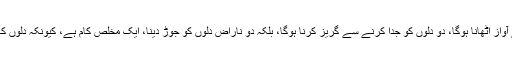
ظلم کو ظلم کہنا ہے، ظالم سے نفرت اور مظلوم سے محبت کرنا ہے، جائز اور حق و حقوق کیلئے آواز اُٹھانا ہوگا، دو دلوں کو جدا کرنے سے گریز کرنا ہوگا، بلکہ دو ناراض دلوں کو جوڑ دینا، ایک مخلص کام ہے، کیونکہ دلوں کا توڑنے والا شیطان ہوتا ہے اور دلوں کا جوڑنے والا انسان، اور انسان وہ ہیں جس میں انسانیت ہو۔